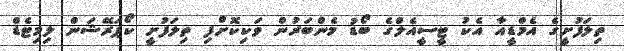
ތިލަފުށީގެ އެމްޑީއާ އެކު ޓީސީއެލްގެ ބޯޑު މެންބަރުން ވަކިކޮށްފި ތިލަފުށީ ކޯޕަރޭޝަން ލިމިޓެޑް